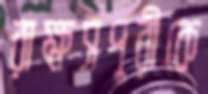
রাক্ষসপুরীকে